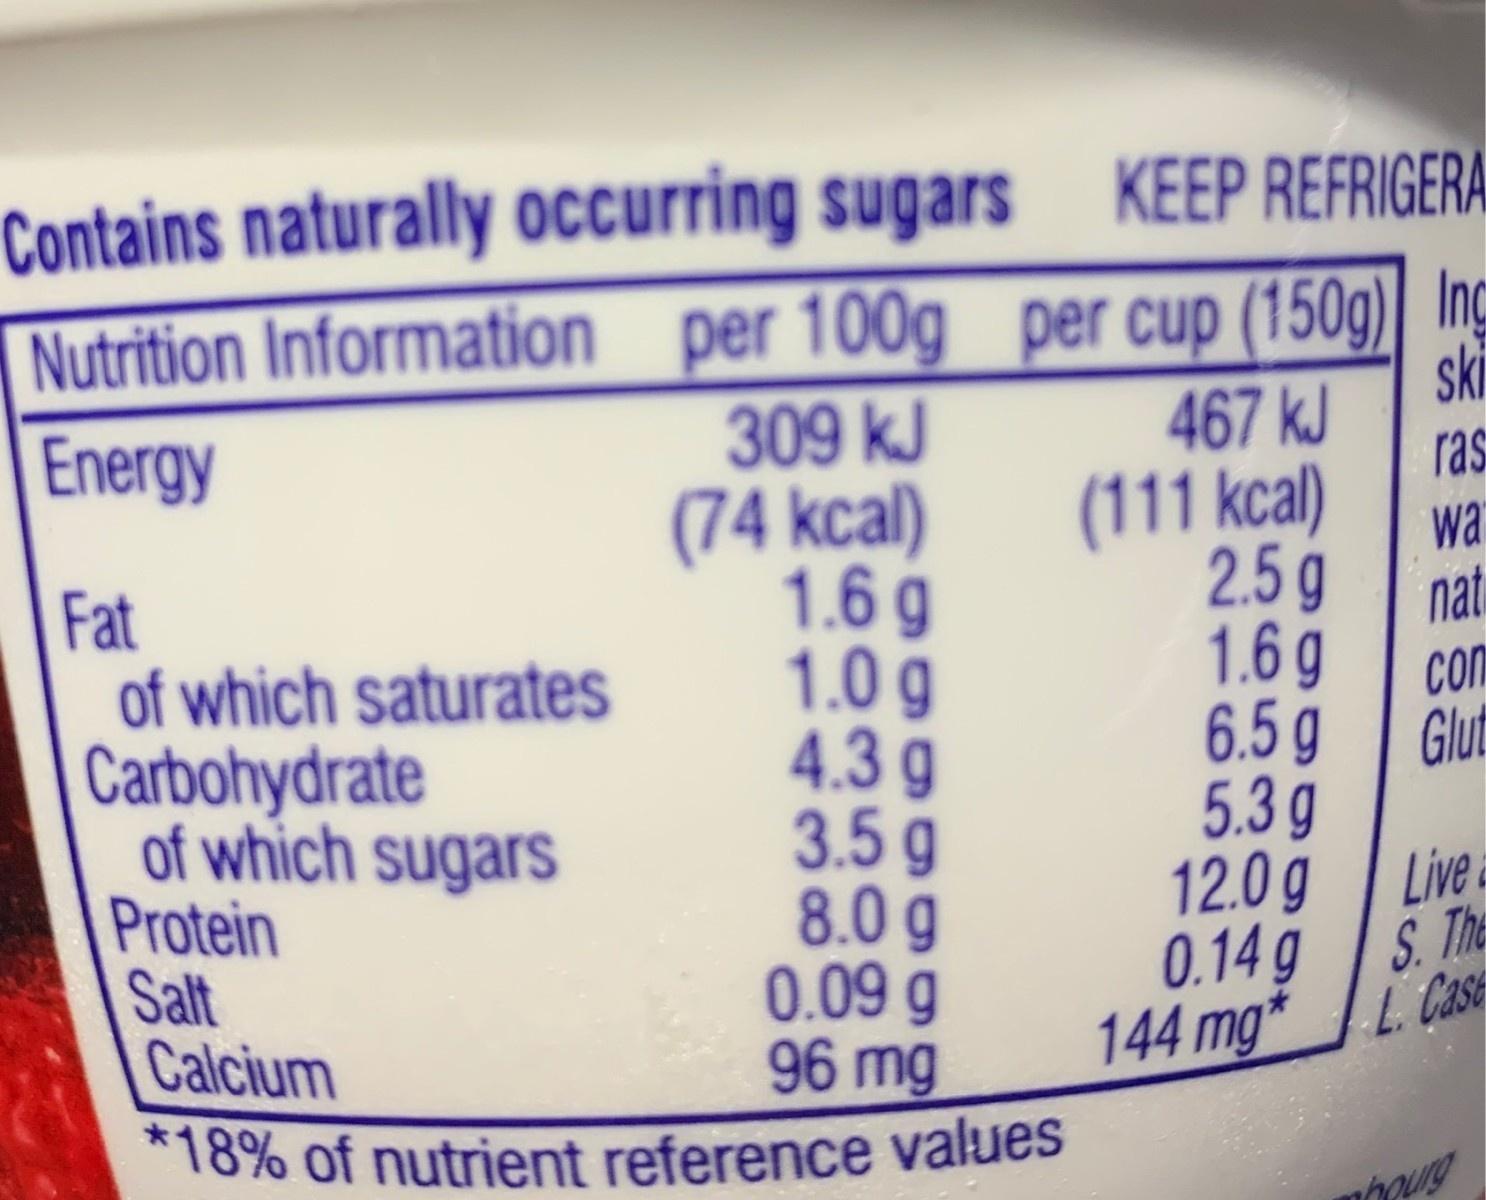
Contains naturally occurring sugars KEEP REFRIGERA Nutrition Information _per 100g per cup (150g)| Inc ski 467 kJ ras 309 kJ (74 kcal) 1.6 g 1.0 g 4.3 g 3.5 g 8.0 g 0.09 g 96 mg *18% of nutrient reference values Energy (111 kcal) wa 2.5g Fat of which saturates Carbohydrate of which sugars Protein Salt Calcium nat 1.6 g con 6.5 g Glut 5.3g 12.0 g | Live. S. The 0.14 g 144 mg* L Case